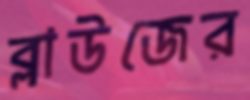
ব্লাউজের